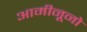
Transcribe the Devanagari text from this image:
आमीनूनो